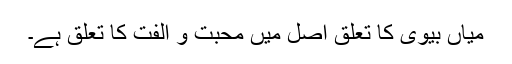
میاں بیوی کا تعلق اصل میں محبت و الفت کا تعلق ہے۔